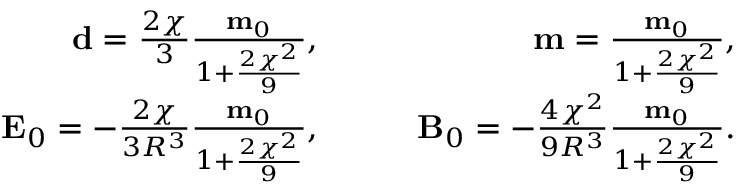
\begin{array} { r l r } { \mathbf { d } = \frac { 2 \chi } { 3 } \frac { \mathbf { m } _ { 0 } } { 1 + \frac { 2 \chi ^ { 2 } } { 9 } } , } & { \quad } & { \mathbf { m } = \frac { \mathbf { m } _ { 0 } } { 1 + \frac { 2 \chi ^ { 2 } } { 9 } } , } \\ { \mathbf { E } _ { 0 } = - \frac { 2 \chi } { 3 R ^ { 3 } } \frac { \mathbf { m } _ { 0 } } { 1 + \frac { 2 \chi ^ { 2 } } { 9 } } , } & { \quad } & { \mathbf { B } _ { 0 } = - \frac { 4 \chi ^ { 2 } } { 9 R ^ { 3 } } \frac { \mathbf { m } _ { 0 } } { 1 + \frac { 2 \chi ^ { 2 } } { 9 } } . } \end{array}